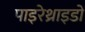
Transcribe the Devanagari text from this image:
पाइरेथ्राइडों